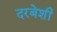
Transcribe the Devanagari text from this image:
दरबेशी